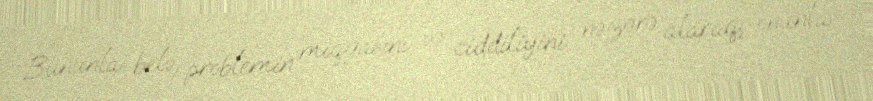
Bununla belə, problemin miqyasını və ciddiliyini nəzərə alaraq, onunla